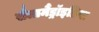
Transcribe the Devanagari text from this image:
सैलामैंड्रॉइडिया